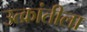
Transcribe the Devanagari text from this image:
उत्क्रांतीला